Lunatic asylums United Provinces 1909-1921 - 1909-1921
Year: 1909
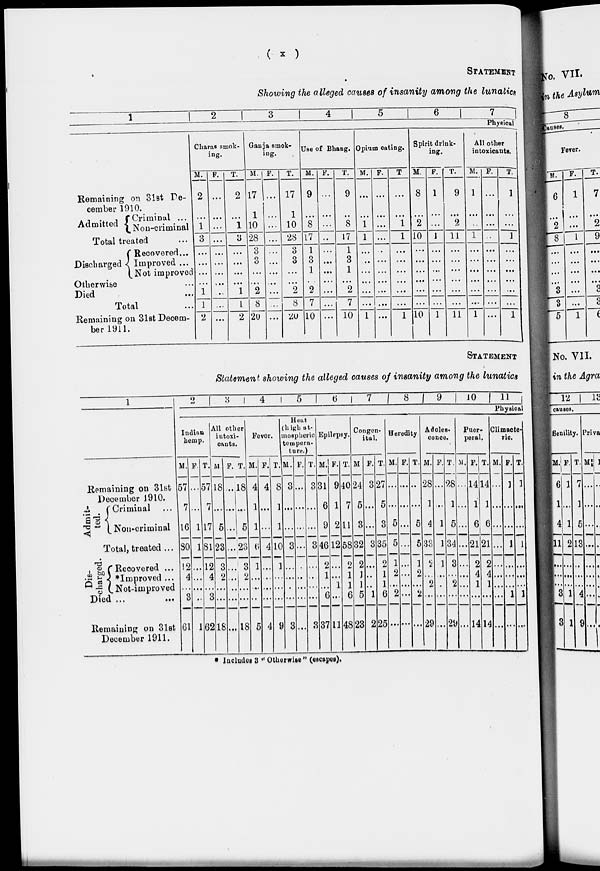
( x )
STATEMENT
Showing the alleged causes of insanity among the lunatics
1
Remaining on 31st De-
cember 1910.
Admitted
Criminal ...
Non-criminal
Total treated ...
Discharged
Recovered ...
Improved ...
Not improved
Otherwise ...
Died ...
Total ...
Remaining on 31st Decem-
ber 1911.
2
3
4
5
6
7
Physical
Charas smok-
ing.
M.
2
...
1
3
...
...
...
...
1
1
2
F.
...
...
...
...
...
...
...
...
...
...
...
T.
2
...
1
3
...
...
...
...
1
1
2
Ganja smok-
ing.
M.
17
1
10
28
3
3
...
...
2
8
20
F.
...
...
...
...
...
...
...
...
...
...
...
T.
17
1
10
28
3
3
...
...
2
8
20
Use of Bhang.
M.
9
...
8
17
1
3
1
...
2
7
10
F.
...
...
...
...
...
...
...
...
...
...
...
T.
9
...
8
17
1
3
1
...
2
7
10
Opium eating.
M.
...
...
1
1
...
...
...
...
...
...
1
F.
...
...
...
...
...
...
...
...
...
...
...
T.
...
...
1
1
...
...
...
...
...
...
1
Spirit drink-
ing.
M.
8
...
2
10
...
...
...
...
...
...
10
F.
1
...
...
1
...
...
...
...
...
...
1
T.
9
...
2
11
...
...
...
...
...
...
11
All other
intoxicants.
M.
1
...
...
1
...
...
...
...
...
...
1
F.
...
...
...
...
...
...
...
...
...
...
...
T.
1
...
...
1
...
...
...
...
...
...
1
STATEMENT
Statement showing the alleged causes of insanity among the lunatics
1
Remaining on 31st
December 1910.
Admit-
ted.
Criminal ...
Non-criminal
Total, treated ...
Dis-
charged.
Recovered ...
* Improved ...
Not-improved
Died ... ...
Remaining on 31st
December 1911.
2
3
4
5
6
7
8
9
10
11
Physical
Indian
hemp.
M.
57
7
16
80
12
4
...
3
61
F.
...
...
1
1
...
...
...
...
1
T.
57
7
17
81
12
4
...
3
62
All other
intoxi-
cants.
M.
18
...
5
23
3
2
...
...
18
F.
...
...
...
...
...
...
...
...
...
T.
18
...
5
23
3
2
...
...
18
Fever.
M.
4
1
1
6
1
...
...
...
5
F.
4
...
...
4
...
...
...
...
4
T.
8
1
1
10
1
...
...
...
9
Heat-
(high at-
mospheric
tempera-
ture.)
M.
3
...
...
3
...
...
...
...
3
F.
...
...
...
...
...
...
...
...
...
T.
3
...
...
3
...
...
...
...
3
Epilepsy.
M.
31
6
9
46
2
1
...
6
37
F.
9
1
2
12
...
...
1
...
11
T.
40
7
11
58
2
1
1
6
48
Congen-
ital.
M
24
5
3
32
2
1
1
5
23
F.
3
...
...
3
...
...
...
1
2
T.
27
5
3
35
2
1
1
6
25
Heredity
M.
...
...
5
5
1
2
...
2
...
F.
...
...
...
...
...
...
...
...
...
T.
...
...
5
5
1
2
...
2
...
Adoles-
cence.
M.
28
1
4
33
2
...
2
...
29
F.
...
...
1
1
1
...
...
...
...
T.
28
1
5
34
3
...
2
...
29
Puer-
peral.
M.
...
...
...
...
...
...
...
...
...
F.
14
1
6
21
2
4
1
...
14
T.
14
1
6
21
2
4
1
...
14
Climacte-
ric.
M.
...
...
...
...
...
...
...
...
...
F.
1
...
...
1
...
...
...
1
...
T.
1
...
...
1
...
...
...
1
...
* Includes 3 " Otherwise" (escapee).